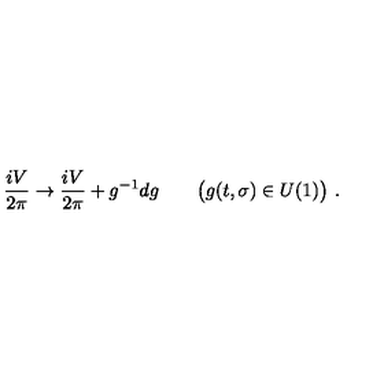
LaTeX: { \frac { i V } { 2 \pi } } \rightarrow { \frac { i V } { 2 \pi } } + g ^ { - 1 } d g \qquad \big ( g ( t , \sigma ) \in U ( 1 ) \big ) \ .